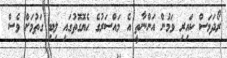
ރޯދަމަސް ކައިރި ވަމުން އަންނާތީ އެ މައްސަރުގެ ހެޔޮގޮތުގައި ލިބި ގަތުމަށް ވެސް